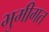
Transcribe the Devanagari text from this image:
भुमीगत